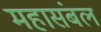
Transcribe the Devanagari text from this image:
महासंबल